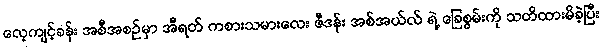
လေ့ကျင့်ခန်း အစီအစဉ်မှာ အီရတ် ကစားသမားလေး ဇီဒန်း အစ်အယ်လ် ရဲ့ ခြေစွမ်းကို သတိထားမိခဲ့ပြီး